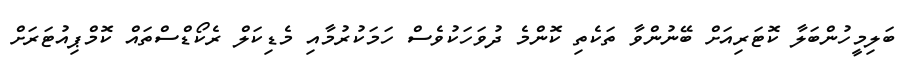
ބަލިމީހުންބަލާ ކޮޓަރިއަށް ބޭނުންވާ ތަކެތި ކޮންމެ ދުވަހަކުވެސް ހަމަކުރުމާއި މެޑިކަލް ރެކޯޑްސްތައް ކޮމްޕިއުޓަރަށް